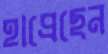
হাপ্‌রেছেন